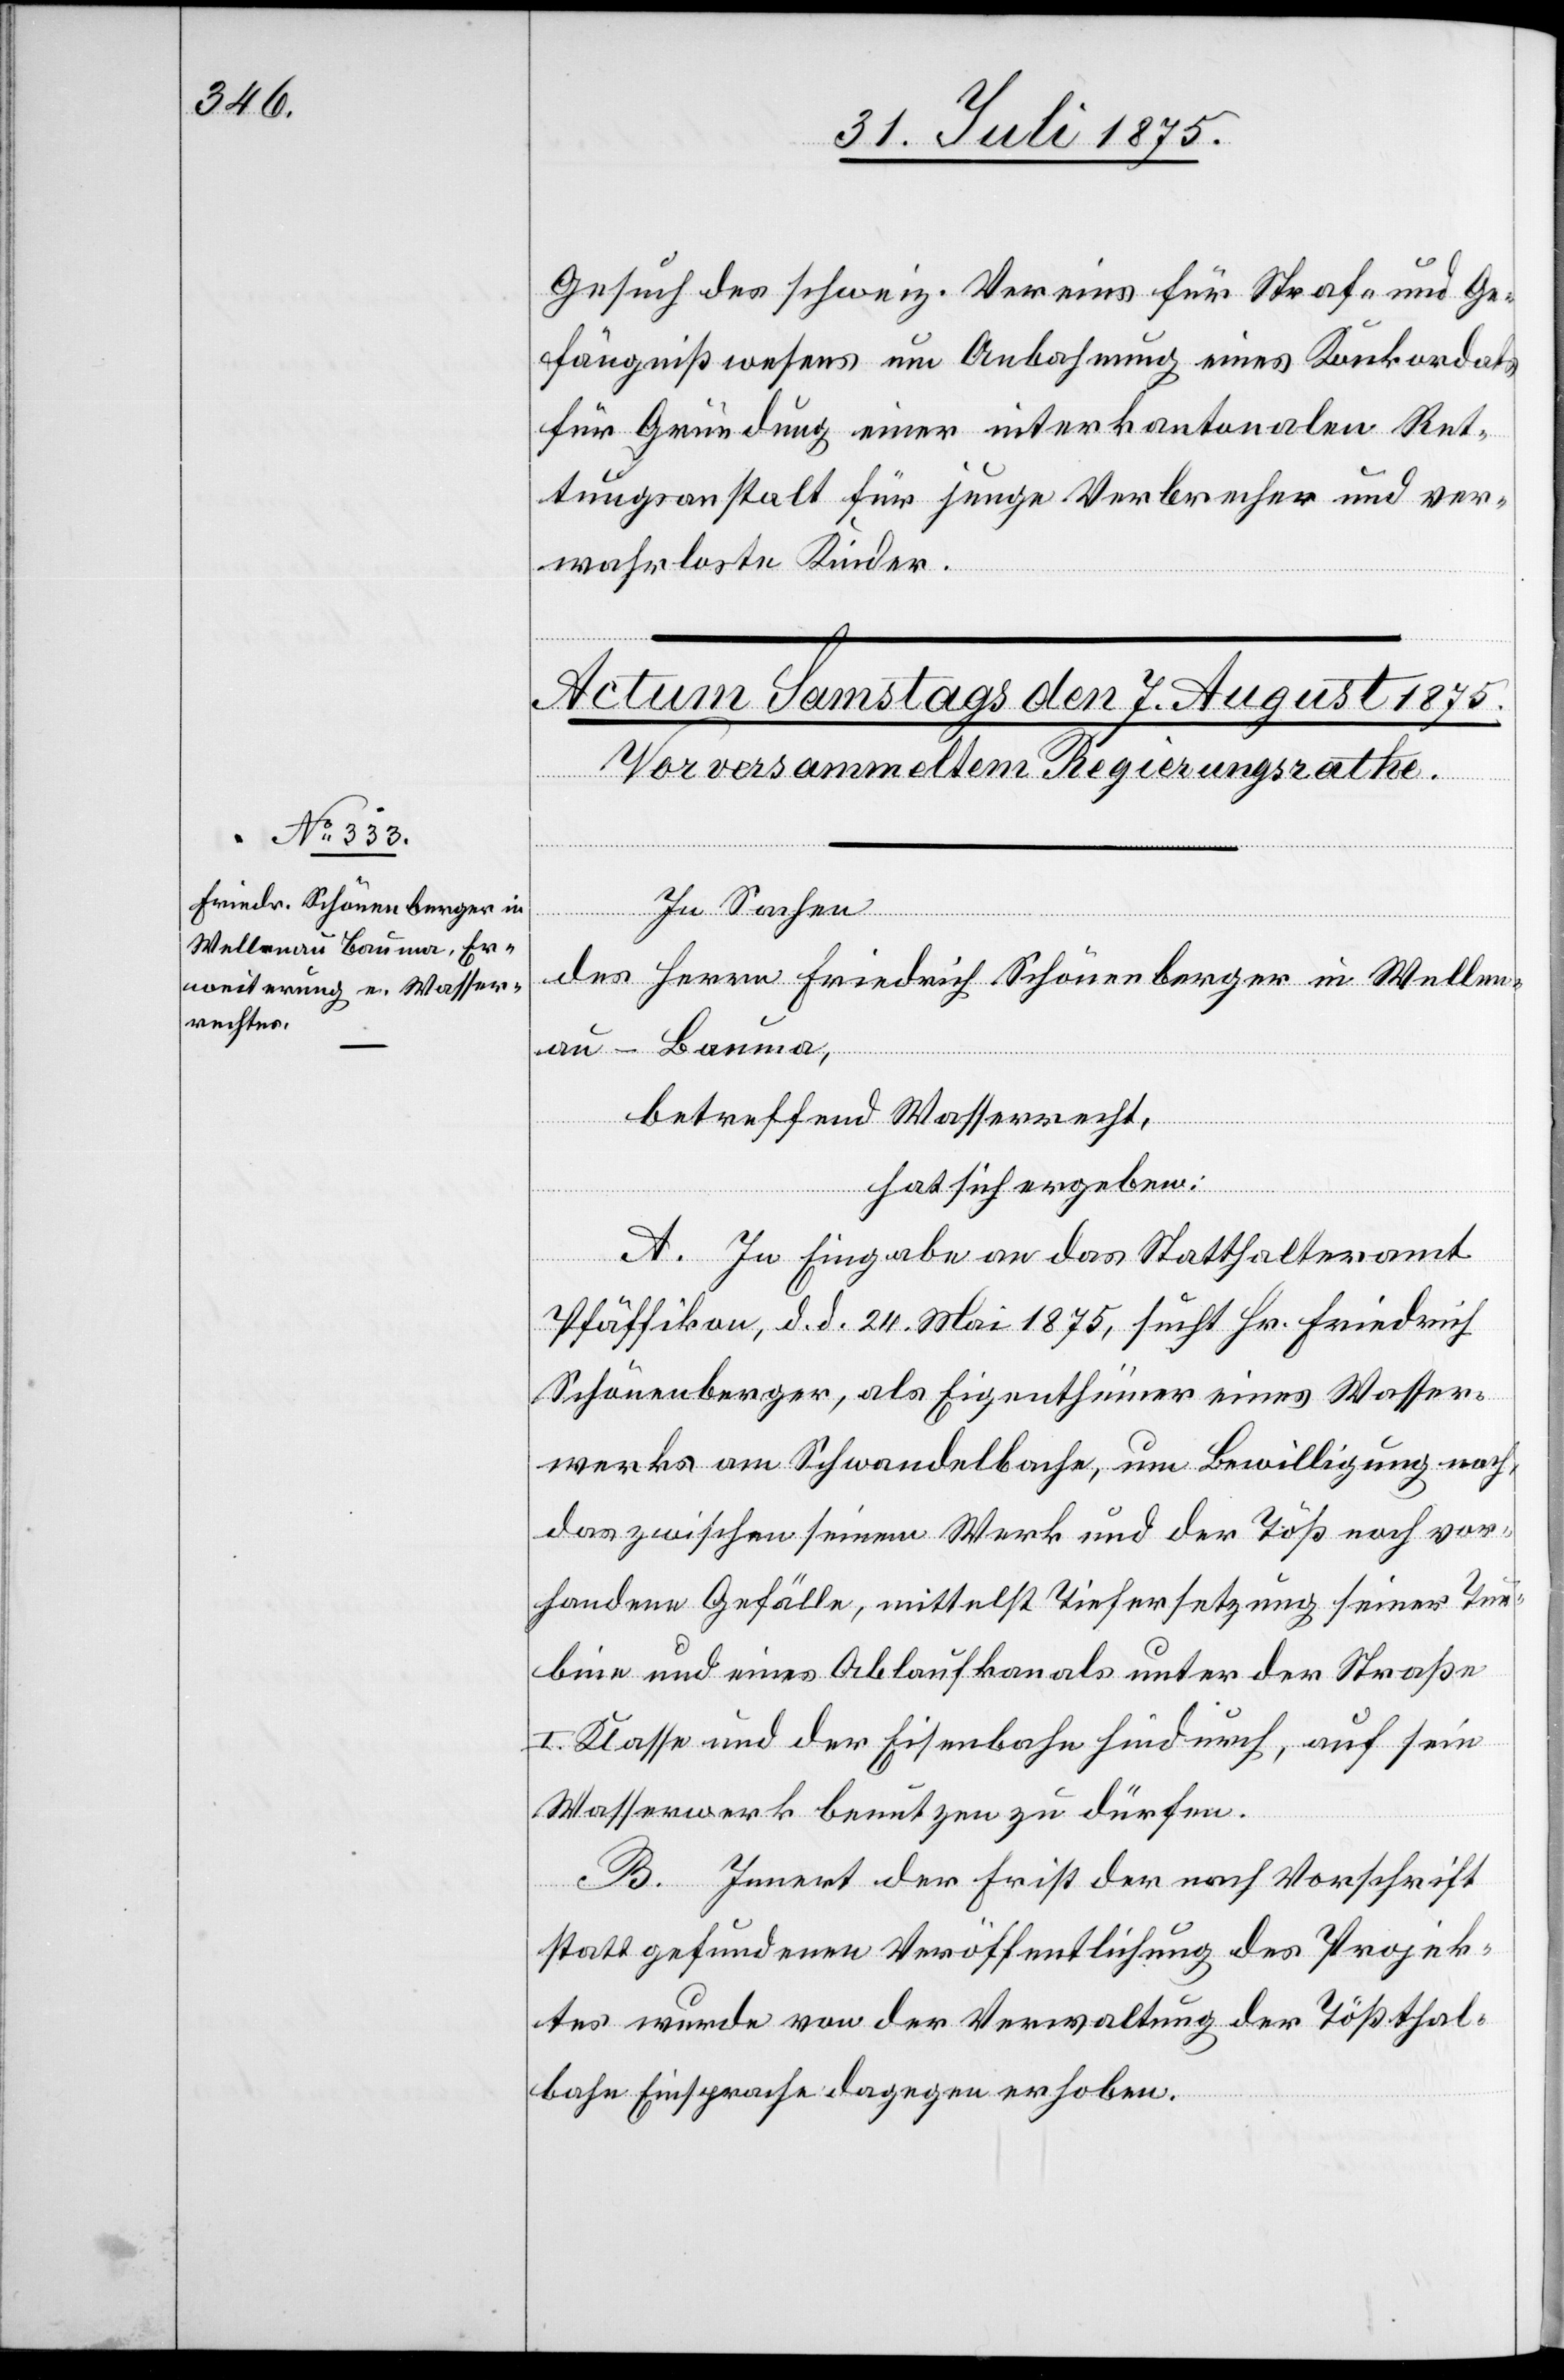
Gesuch des schweiz. Vereins für Straf- und Ge¬
fängnißwesens um Anbahnung eines Konkordats
für Gründung einer interkantonalen Ret¬
tungsanstalt für junge Verbrecher und ver¬
wahrloste Kinder.
In Sachen
des Herrn Friedrich Schönenberger in Wellen¬
au - Bauma,
betreffend Wasserrecht,
hat sich ergeben:
A. In Eingabe an das Statthalteramt
Pfäffikon, d. d. 24. Mai 1875, sucht Hr. Friedrich
Schönenberger, als Eigenthümer eines Wasser¬
werks am Schwandelbache, um Bewilligung nach,
das zwischen seinem Werk und der Töß noch vor¬
handene Gefälle, mittelst Tiefersetzung seiner Tur¬
bine und eines Ablaufkanals unter der Straße
I. Klasse und der Eisenbahn hindurch, auf sein
Wasserwerk benutzen zu dürfen.
B. Innert der Frist der nach Vorschrift
stattgefundenen Veröffentlichung des Projek¬
tes wurde von der Verwaltung der Tößthal¬
bahn Einsprach dagegen erhoben.